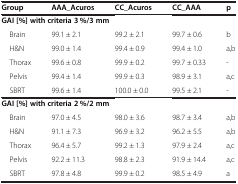
| Group | AAA_Acuros | CC_Acuros | CC_AAA | p |
 | --- | --- | --- | --- | --- |
 | <COLSPAN=5> GAI [%] with criteria 3 %/3 mm |
 | Brain | 99.1 ± 2.1 | 99.2 ± 2.1 | 99.7 ± 0.6 | b |
 | H&N | 99.0 ± 1.4 | 99.4 ± 0.9 | 99.4 ± 1.0 | a,b |
 | Thorax | 99.6 ± 0.8 | 99.9 ± 0.2 | 99.7 ± 0.33 | - |
 | Pelvis | 99.4 ± 1.4 | 99.9 ± 0.3 | 98.9 ± 3.1 | a,c |
 | SBRT | 99.6 ± 1.4 | 100.0 ± 0.0 | 99.5 ± 2.1 | - |
 | <COLSPAN=5> GAI [%] with criteria 2 %/2 mm |
 | Brain | 97.0 ± 4.5 | 98.0 ± 3.6 | 98.7 ± 3.4 | a,b |
 | H&N | 91.1 ± 7.3 | 96.9 ± 3.2 | 96.2 ± 5.5 | a,b |
 | Thorax | 96.4 ± 5.7 | 99.2 ± 1.3 | 97.9 ± 2.4 | a,c |
 | Pelvis | 92.2 ± 11.3 | 98.8 ± 2.3 | 91.9 ± 14.4 | a,c |
 | SBRT | 97.8 ± 4.8 | 99.9 ± 0.2 | 98.5 ± 4.9 | a |